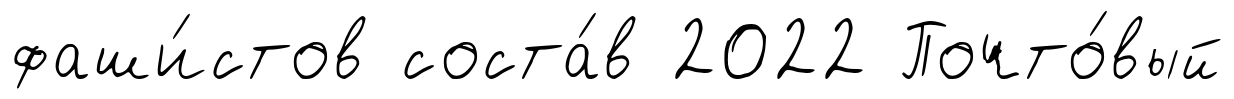
фаши́стов соста́в 2022 Почто́вый